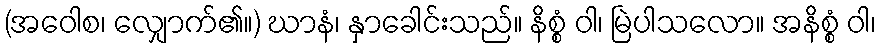
(အဝေါစ၊ လျှောက်၏။) ဃာနံ၊ နှာခေါင်းသည်။ နိစ္စံ ဝါ၊ မြဲပါသလော။ အနိစ္စံ ဝါ၊